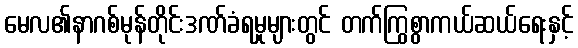
မေလ၏နာဂစ်မုန်တိုင်းဒဏ်ခံရမှုများတွင် တက်ကြွစွာကယ်ဆယ်ရေးနှင့်